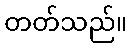
တတ်သည်။